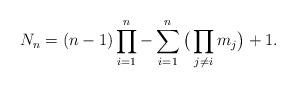
LaTeX: \begin{align*}N_n=(n-1)\prod_{i=1}^n - \sum_{i=1}^n \big( \prod_{j\neq i} m_j \big) +1.\end{align*}